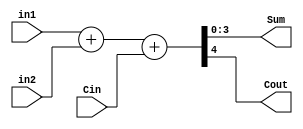
module FA_4bit(Sum,
               Cout,
               in1,
               in2,
               Cin);
    input [3:0] in1, in2;
    input Cin;
    output [3:0]Sum;
    output Cout;
    
    assign {Cout, Sum} = in1 + in2 + Cin;
    //                     10    9   1 = > 20 = > 10100 = > Cout = 1 , Sum = 0100
    //                     7     3   0 = > 10 = > 1010 = > Cout = 0 , Sum = 1010
    
    
endmodule